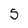
Character: 5